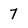
Character: 7